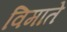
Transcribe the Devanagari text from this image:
विमाते